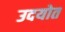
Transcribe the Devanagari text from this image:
उदयोत